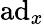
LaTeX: \mathrm{ad}_{x}